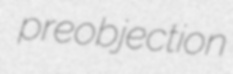
preobjection